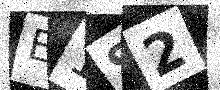
Text: E1S2